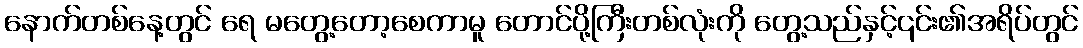
နောက်တစ်နေ့တွင် ရေ မတွေ့တော့စေကာမူ တောင်ပို့ကြီးတစ်လုံးကို တွေ့သည်နှင့်၎င်း၏အရိပ်တွင်